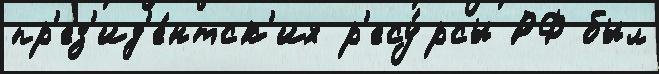
пр'ез'ид'е́нтск'их р'есу́рсы РФ был